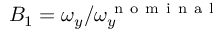
B _ { 1 } = \omega _ { y } / \omega _ { y } ^ { \mathrm { ~ n ~ o ~ m ~ i ~ n ~ a ~ l ~ } }